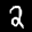
Label: 2